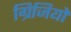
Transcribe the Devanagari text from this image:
ग्रिजियो